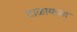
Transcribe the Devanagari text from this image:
टाळायच्या